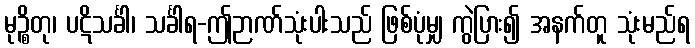
မုဉ္စိတု၊ ပဋိသင်္ခါ၊ သင်္ခါရ-ဤဉာဏ်သုံးပါးသည် ဖြစ်ပုံမျှ ကွဲပြား၍ အနက်တူ သုံးမည်ရ